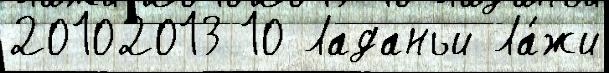
20102013 10 Ладаньи Ла́жи